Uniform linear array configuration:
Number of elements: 16
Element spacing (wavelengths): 0.75
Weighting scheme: hann
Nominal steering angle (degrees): -15
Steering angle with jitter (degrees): -16.184
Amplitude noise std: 0.05
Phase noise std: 0.05

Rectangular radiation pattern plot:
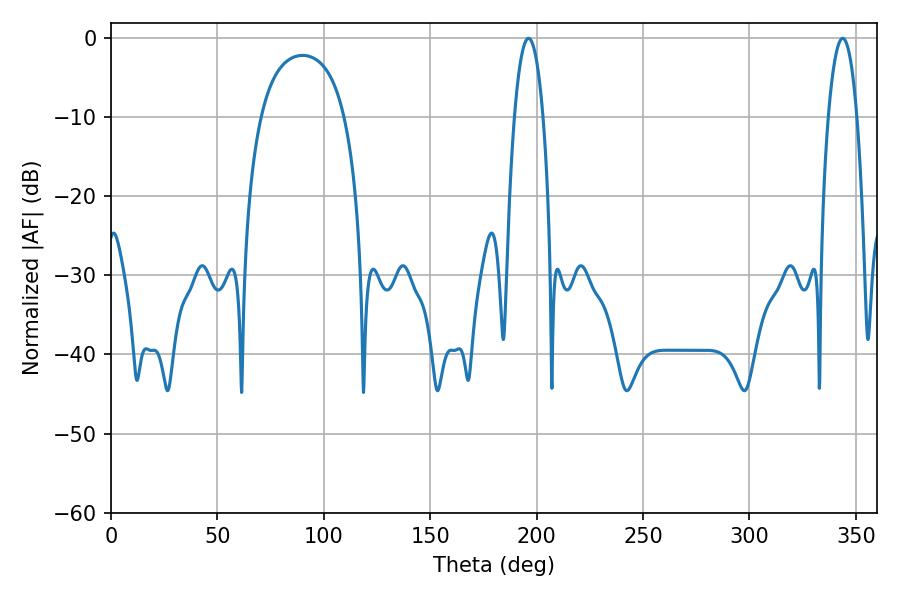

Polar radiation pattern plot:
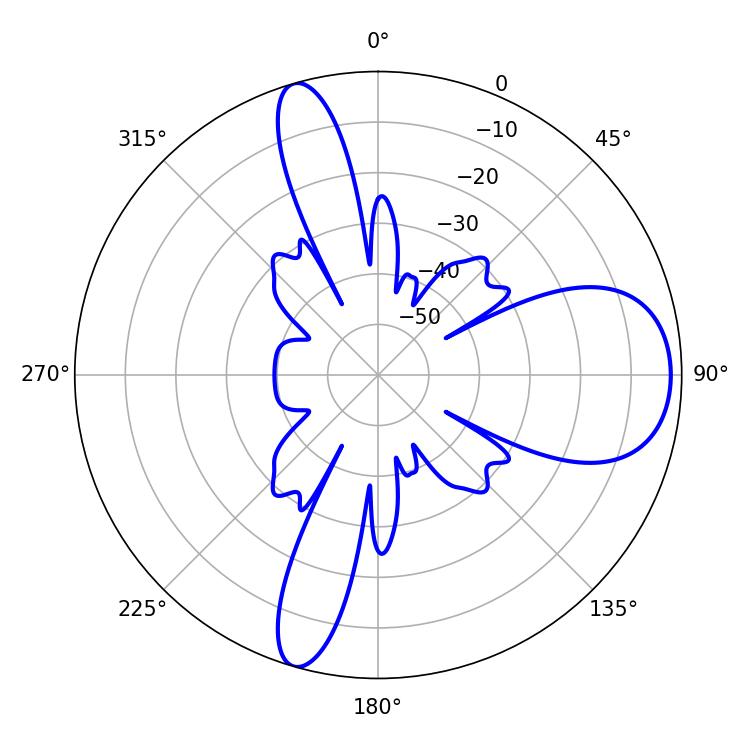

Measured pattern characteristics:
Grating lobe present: TRUE
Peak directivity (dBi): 9.862
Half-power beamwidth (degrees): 7.56
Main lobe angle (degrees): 196.2